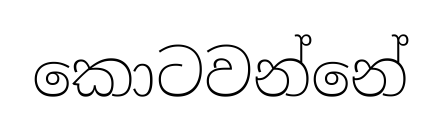
කොටවන්නේ